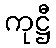
ကုဋ္ဌီ